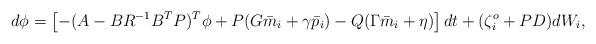
LaTeX: \begin{align*}d\phi = \left[-(A-BR^{-1} B^T P)^T \phi + P(G\bar m_i+\gamma \bar p_i)-Q(\Gamma \bar m_i+\eta)\right] dt +(\zeta_i^o+PD) dW_i, \end{align*}